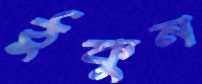
ঠুকুন